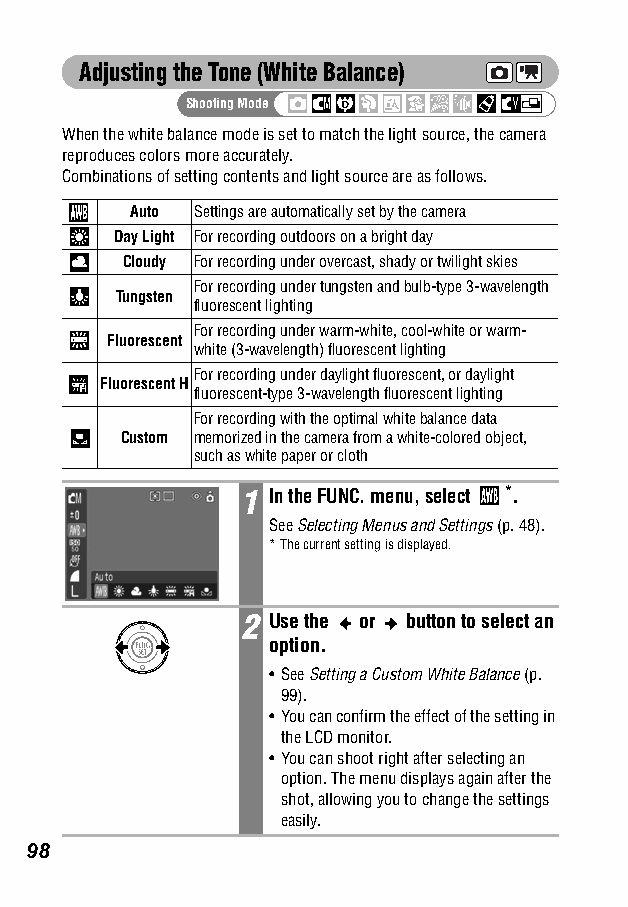
Adjusting the Tone (White Balance)
 Shooting Mode
 When the white balance mode is set to match the light source, the camera
 reproduces colors more accurately.
 Combinations of setting contents and light source are as follows.
 Auto Settings are automatically set by the camera
 Day Light For recording outdoors on a bright day
 Cloudy For recording under overcast, shady or twilight skies
 For recording under tungsten and bulb-type 3-wavelength
 Tungsten
 fluorescent lighting
 For recording under warm-white, cool-white or warm-
 Fluorescent
 white (3-wavelength) fluorescent lighting
 For recording under daylight fluorescent, or daylight
 Fluorescent H
 fluorescent-type 3-wavelength fluorescent lighting
 For recording with the optimal white balance data
 Custom memorized in the camera from a white-colored object,
 such as white paper or cloth
 1 In the FUNC. menu, select *.
 SeeSelecting Menus and Settings (p. 48).
 *The current setting is displayed.
 2 Use the or button to select an
 option.
 •See Setting a Custom White Balance (p.
 99).
 •You can confirm the effect of the setting in
 the LCD monitor.
 •You can shoot right after selecting an
 option. The menu displays again after the
 shot, allowing you to change the settings
 easily.
 98